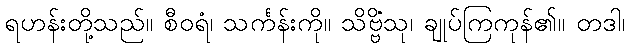
ရဟန်းတို့သည်။ စီဝရံ၊ သင်္ကန်းကို။ သိဗ္ဗိံသု၊ ချုပ်ကြကုန်၏။ တဒါ၊